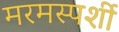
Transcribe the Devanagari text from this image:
मरमस्पर्शी